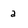
Character: a